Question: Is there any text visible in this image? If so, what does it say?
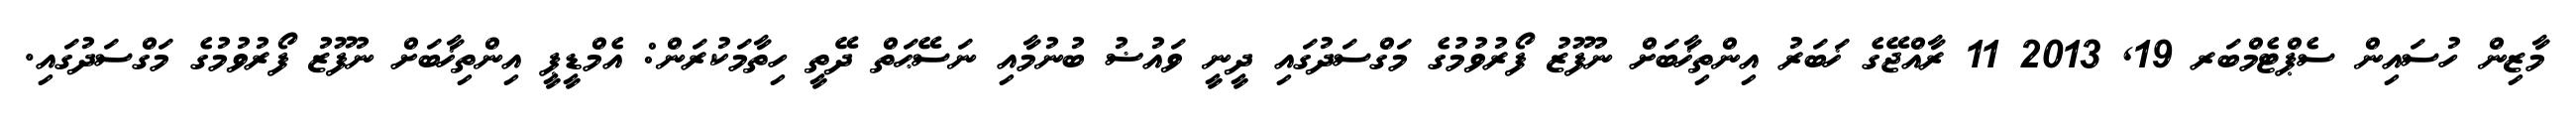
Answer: މާޒިން ހުސައިން ސެޕްޓެމްބަރ 19, 2013 11 ރާއްޖޭގެ ޚަބަރު އިންތިޚާބަށް ނުފޫޒު ފޯރުވުމުގެ މަގްސަދުގައި ދީނީ ވައުޟު ބުނުމާއި ނަސޭޙަތް ދޭތީ ހިތާމަކުރަން: އެމްޑީޕީ އިންތިޚާބަށް ނުފޫޒު ފޯރުވުމުގެ މަގްސަދުގައި.